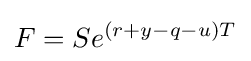
F=Se^{(r+y-q-u)T}